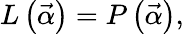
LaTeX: L\left(\vec{\alpha}\right)=P\left(\vec{\alpha}\right),